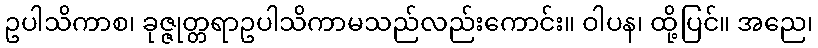
ဥပါသိကာစ၊ ခုဇ္ဇုတ္တရာဥပါသိကာမသည်လည်းကောင်း။ ဝါပန၊ ထို့ပြင်။ အညေ၊